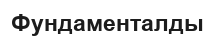
Фундаменталды